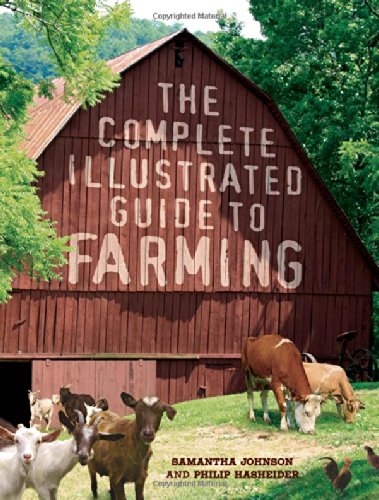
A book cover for The Complete Illustrated Guide to Farming; Philip Hasheider; Science & Math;